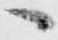
へ